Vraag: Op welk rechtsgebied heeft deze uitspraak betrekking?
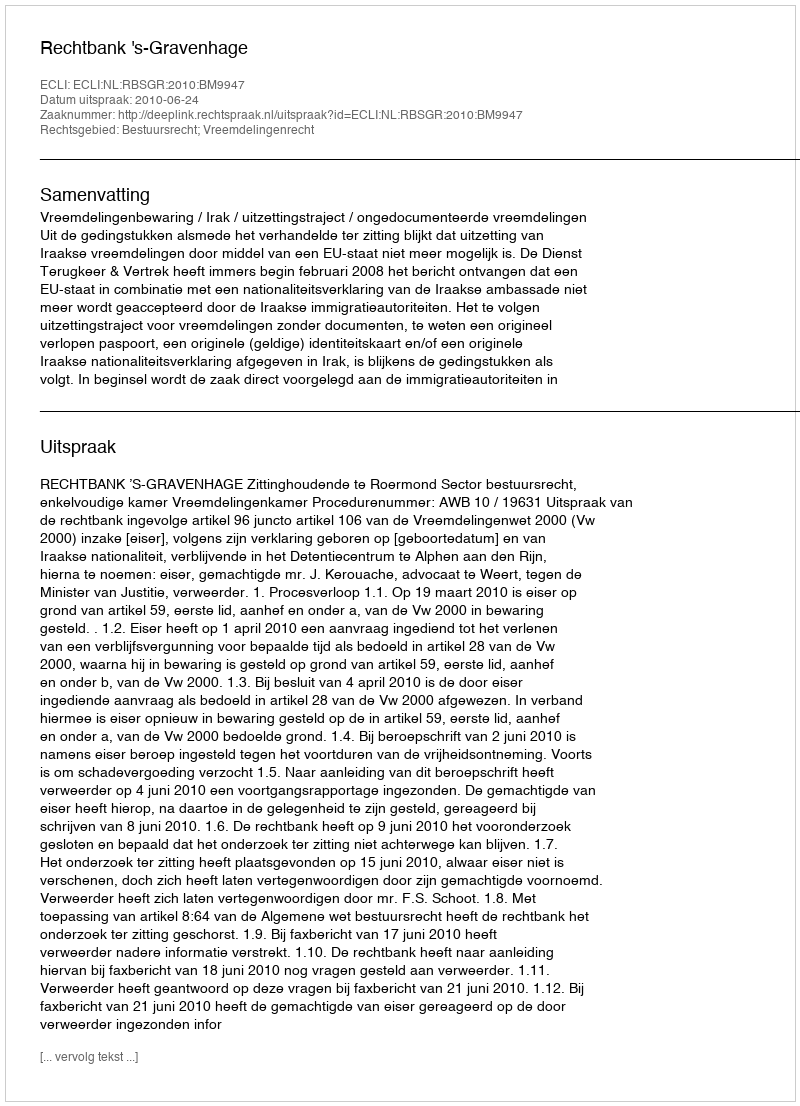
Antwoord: Bestuursrecht; Vreemdelingenrecht